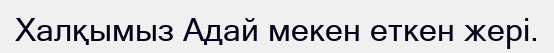
Халқымыз Адай мекен еткен жері.